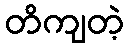
တိကျတဲ့